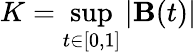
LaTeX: K=\operatorname*{sup}_{t\in[0,1]}|\mathbf{B}(t)|